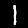
Digit: 1